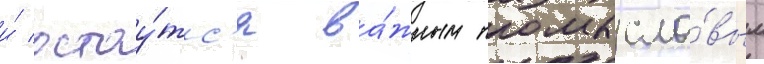
и́ остау́тс'я ва́жным промысло́вым